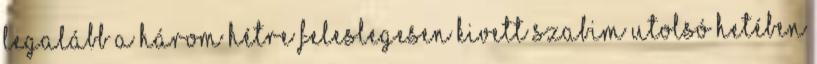
legalább a három hétre feleslegesen kivett szabim utolsó hetében